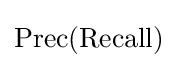
{\text{Prec}}({\text{Recall}})